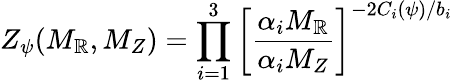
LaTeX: Z_{\psi}(M_{\mathbb{R}},M_{Z})=\prod_{i=1}^{3}\left[\frac{{\alpha_{i}{M_{\mathbb{R}}}}}{{\alpha_{i}{M_{Z}}}}\right]^{-2C_{i}(\psi)/b_{i}}